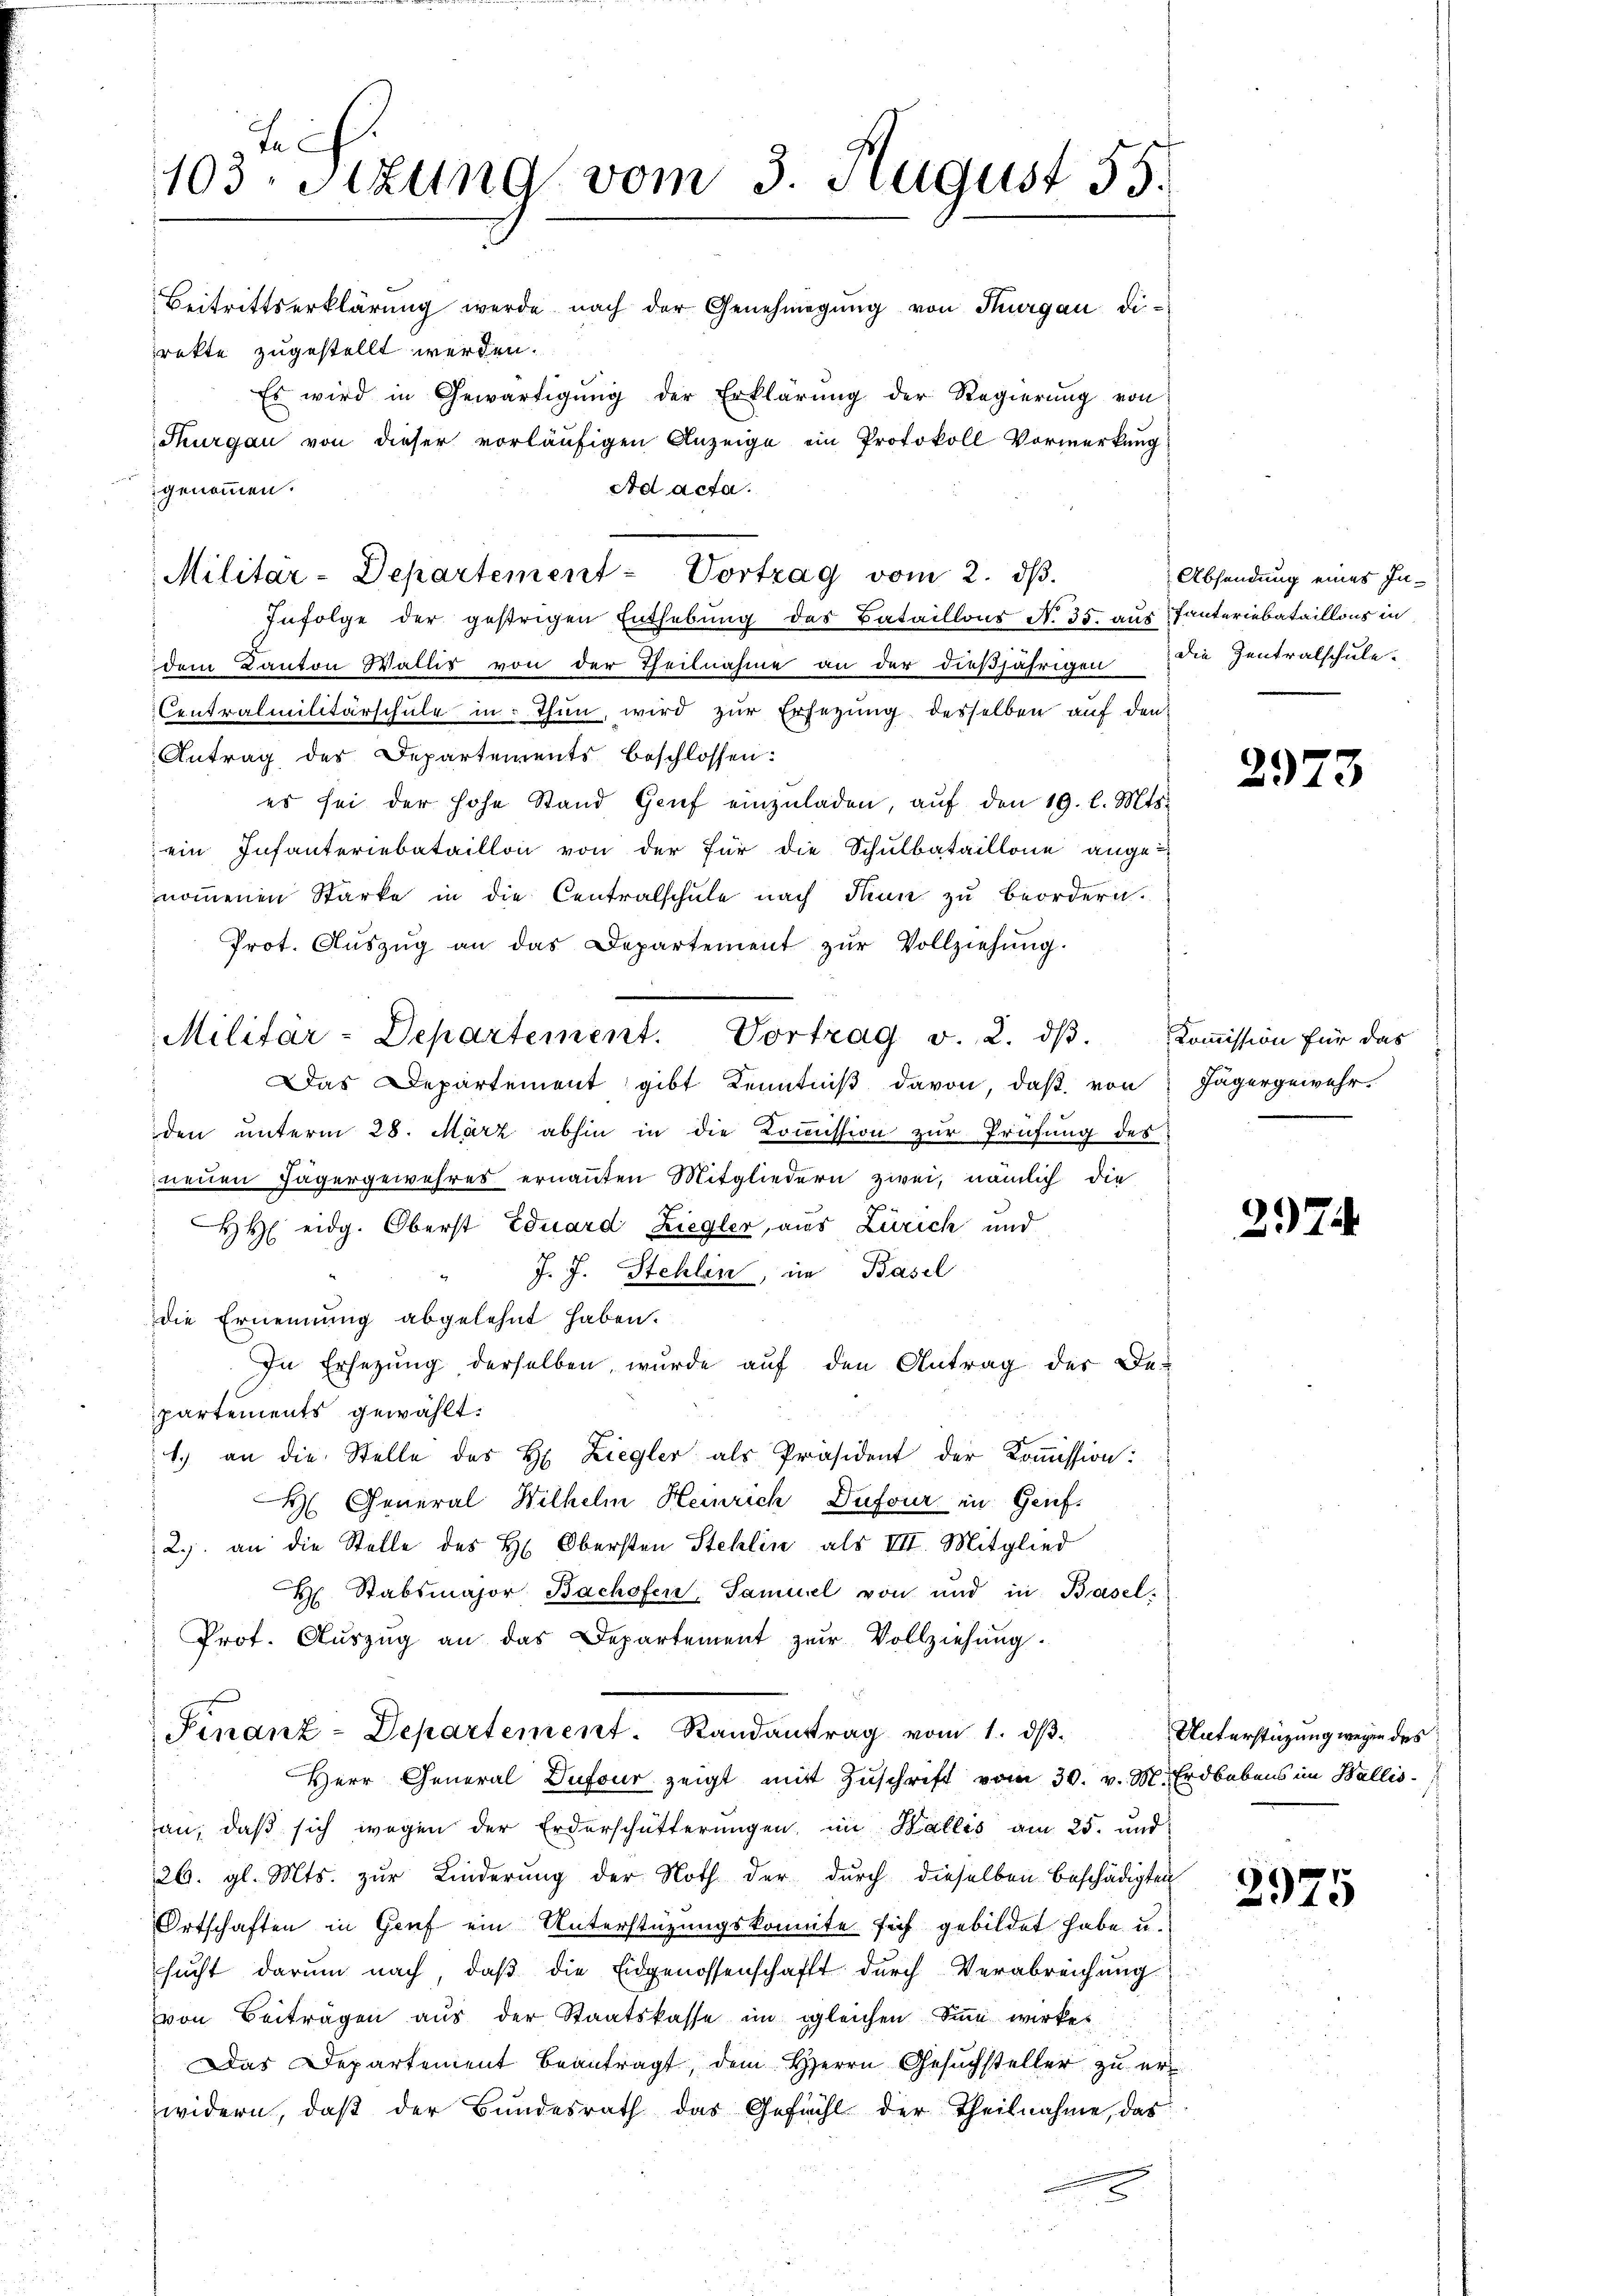
J
103. Sitzung vom 3. August 55.
Beitrittserklärung werde nach der Genehmigŭng von Thurgau di-

Militar-Departement - Vortrag vom 2. dβ.

rette zugestellt werden.
genommen.
Infolge der gestrigen Enthebung des Bataillons N. 35. aus Tanteriebataillons in
dem Kanton Wallis von der Theilnahme an der dießjährigen
Centralmilitärschule in Thun, wird zŭr Ersezung desselben auf den
Antrag des Departements beschlossen:
es sei der hohe Stand Grief einzŭladen, aŭf den 19. l. Mts.
ein Infanteriebataillon von der für die Schulbataillone ange-
nommenen Starke in die Centralschule nach Thun zu beordern.
Prot. Aŭszŭg an das Departement zŭr Vollziehŭng.
Das Departement gibt Kenntniß davon, daß von
den unterm 28. März abhin in die Kommission zur Prüfung des
neuen Jägergewehres ernannten Mitgliedern zwei, nämlich die
 eidg. Oberst Eduard Ziegler, aus Zürich und
J. J. Stehlen, im Basel
Die Ernennung abgelehnt haben.
In Ersezung derselben wurde aŭf den Antrag der De-
partements gewählt:
1.) an die Stelle des H. Ziegler als Präsident der Kommission:
 General Wilhelm Heinrich Dufour in Genf.
2.) an die Stelle des H. Obersten Stehlin als VII. Mitglied
H Stabsmajor Bachofen, Samuel von und in Basel.
Prot. Aŭszŭg an das Departement zŭr Vollziehŭng.
Finanz-Departement. Randantrag vom 1. ds.
Herr General Dufour zeigt mit Zuschrift vom 30. v. M. Erdbebens im Wallis-
an, daß sich wegen der Erderschütterungen, im Wallis am 25. und
26. gl. Mts. zur Linderung der Noth der durch dieselben beschädigten
Ortschaften in Genf ein Unterstüzungskomite sich gebildet habe u.
sucht darum nach, daß die Eidgenossenschafft durch Verabreichung
von Beiträgen aus der Staatskasse im gleichen Sinn wirkes
Das Departement beantragt, dem Herrn Gesuchsteller zu erwidern, daß der Bundesrath das Gefühl der Theilnahme, das

Es wird in Gewärtigŭng der Erklärŭng der Regierŭng von
Thurgau von dieser vorläufigen Anzeige ein Protokoll Vormerkung
Ad acta.

Militär-Departement. Vortrag v. 2. dβ. Kommission für das

Absendung eines Indie Zentralschule.

2973

Jägergewehr.

397.

Unterstüzung wegen des

1
175